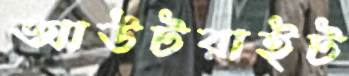
আউটরাইট